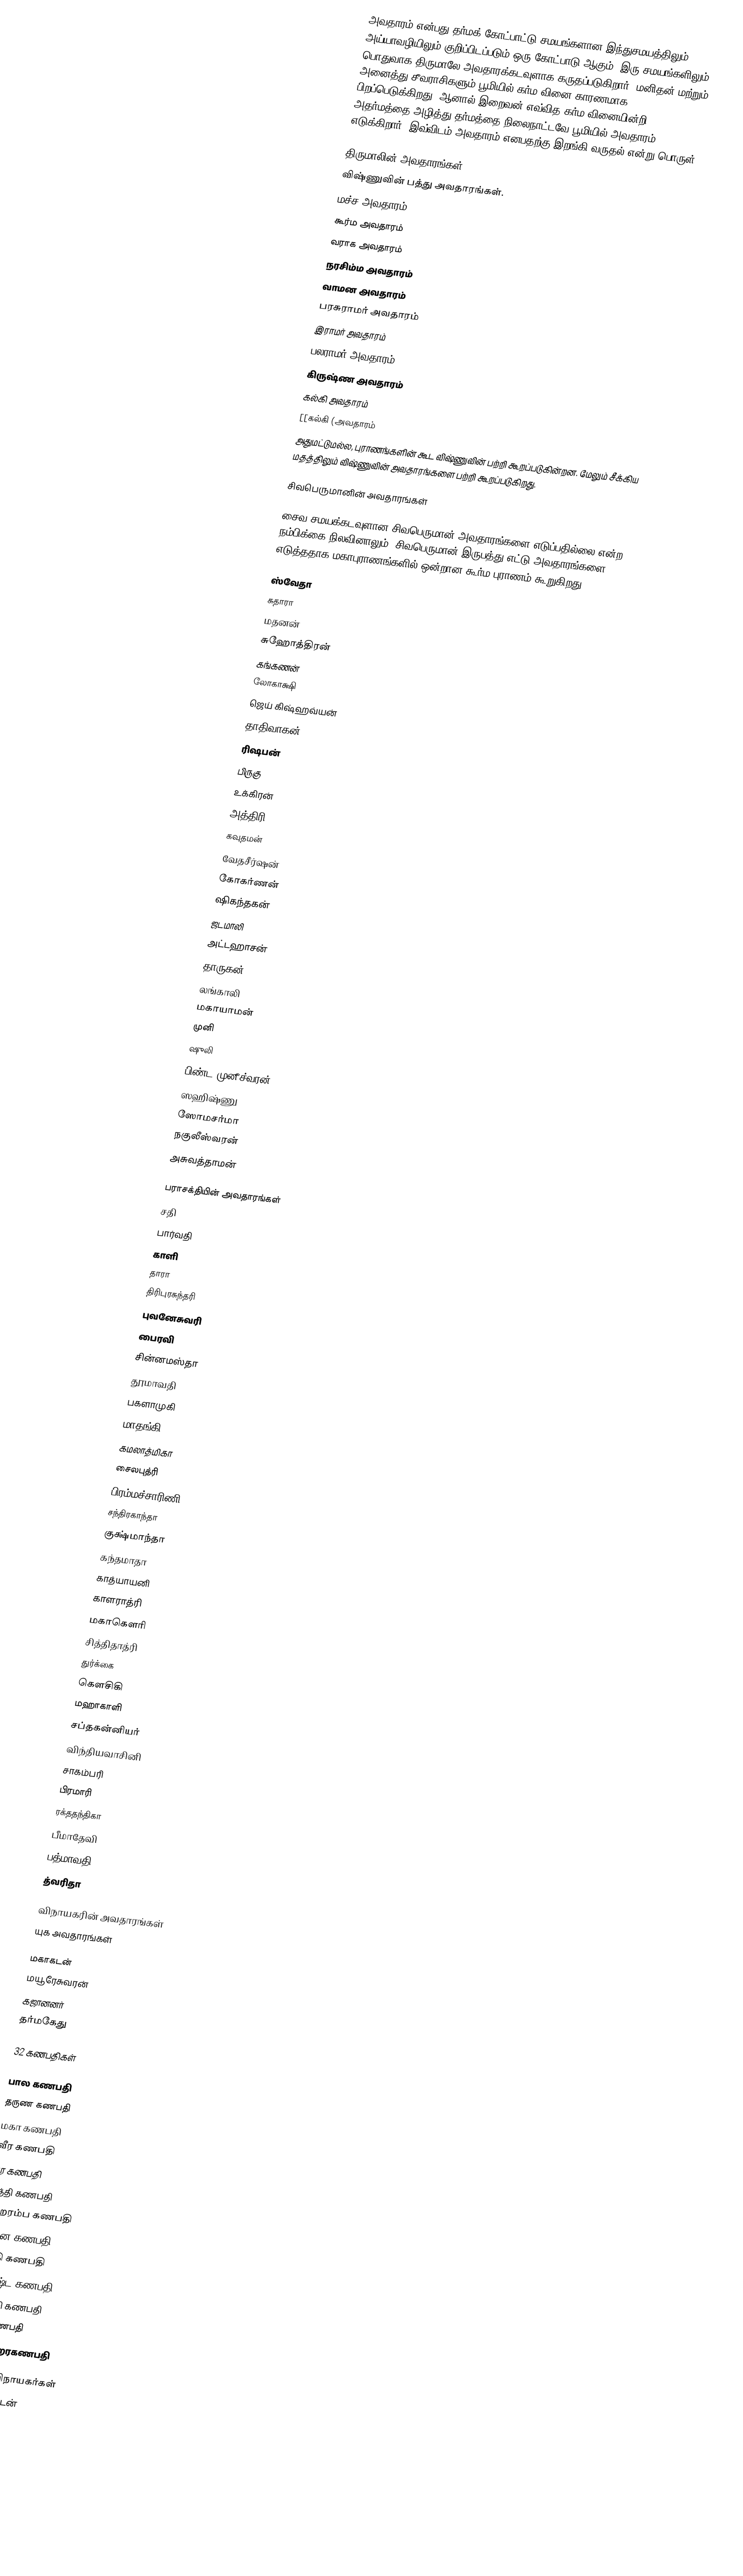
அவதாரம் என்பது தர்மக் கோட்பாட்டு சமயங்களான இந்துசமயத்திலும் அய்யாவழியிலும் குறிப்பிடப்படும் ஒரு கோட்பாடு ஆகும். இரு சமயங்களிலும் பொதுவாக திருமாலே அவதாரக்கடவுளாக கருதப்படுகிறார். மனிதன் மற்றும் அனைத்து சீவராசிகளும் பூமியில் கர்ம வினை காரணமாக பிறப்பெடுக்கிறது. ஆனால் இறைவன் எவ்வித கர்ம வினையின்றி அதர்மத்தை அழித்து தர்மத்தை நிலைநாட்டவே பூமியில் அவதாரம் எடுக்கிறார். இவ்விடம் அவதாரம் எனபதற்கு இறங்கி வருதல் என்று பொருள்.

திருமாலின் அவதாரங்கள்
விஷ்ணுவின் பத்து அவதாரங்கள்.
 மச்ச அவதாரம்
 கூர்ம அவதாரம்
 வராக அவதாரம்
 நரசிம்ம அவதாரம்
 வாமன அவதாரம்
 பரசுராமர் அவதாரம்
 இராமர் அவதாரம்
 பலராமர் அவதாரம்
 கிருஷ்ண அவதாரம்
 கல்கி அவதாரம்
 [[கல்கி (அவதாரம்
அதுமட்டுமல்ல, புராணங்களின் கூட விஷ்ணுவின் பற்றி கூறப்படுகின்றன. மேலும் சீக்கிய மதத்திலும்  விஷ்ணுவின்  அவதாரங்களை பற்றி கூறப்படுகிறது.

சிவபெருமானின் அவதாரங்கள்

சைவ சமயக்கடவுளான சிவபெருமான் அவதாரங்களை எடுப்பதில்லை என்ற நம்பிக்கை நிலவினாலும், சிவபெருமான் இருபத்து எட்டு அவதாரங்களை எடுத்ததாக மகாபுராணங்களில் ஒன்றான கூர்ம புராணம் கூறுகிறது.

 ஸ்வேதா
 சுதாரா
 மதனன்
 சுஹோத்திரன்
 கங்கணன்
 லோகாக்ஷி
 ஜெய் கிஷ்ஹவ்யன்
 தாதிவாகன்
 ரிஷபன்
 பிருகு
 உக்கிரன்
 அத்திரி
 கவுதமன்
 வேதசீர்ஷன்
 கோகர்ணன்
 ஷிகந்தகன்
 ஜடமாலி
 அட்டஹாசன்
 தாருகன்
 லங்காலி
 மகாயாமன்
 முனி
 ஷுலி
 பிண்ட முனீச்வரன்
 ஸஹிஷ்ணு
 ஸோமசர்மா
 நகுலீஸ்வரன்
 அசுவத்தாமன்

பராசக்தியின் அவதாரங்கள்
 சதி
 பார்வதி
 காளி
 தாரா
 திரிபுரசுந்தரி
 புவனேசுவரி
 பைரவி
 சின்னமஸ்தா
 தூமாவதி
 பகளாமுகி
 மாதங்கி
 கமலாத்மிகா
 சைலபுத்ரி
 பிரம்மச்சாரிணி
 சந்திரகாந்தா
 குக்ஷ்மாந்தா
 கந்தமாதா
 காத்யாயனி
 காளராத்ரி
 மகாகௌரி
 சித்திதாத்ரி
 துர்க்கை
 கௌசிகி
 மஹாகாளி
 சப்தகன்னியர்
 விந்தியவாசினி
 சாகம்பரி
 பிரமாரி
 ரக்ததந்திகா
 பீமாதேவி
 பத்மாவதி
 த்வரிதா

விநாயகரின் அவதாரங்கள்
யுக அவதாரங்கள்

 மகாகடன்
 மயூரேசுவரன்
 கஜானனர்
 தர்மகேது

32 கணபதிகள்

 பால கணபதி
 தருண கணபதி
 மகா கணபதி
 வீர கணபதி
 வர கணபதி
 சித்தி கணபதி
 ஹேரம்ப கணபதி
 விக்ன கணபதி
 பக்தி கணபதி
 உச்சிஷ்ட கணபதி
 லட்சுமி கணபதி
 சக்தி கணபதி
 சங்கடஹரகணபதி

அஷ்ட விநாயகர்கள்
 வக்ரதுண்டன்
 ஏகதந்தன்
 விகடன்
 லம்போதரன்
 மஹோதரன்